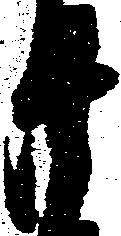
廿